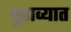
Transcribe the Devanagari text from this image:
पुराव्यात